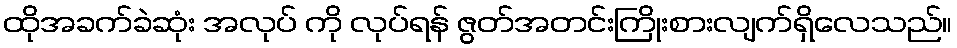
ထိုအခက်ခဲဆုံး အလုပ် ကို လုပ်ရန် ဇွတ်အတင်းကြိုးစားလျက်ရှိလေသည်။